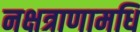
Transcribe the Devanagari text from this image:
नक्षत्राणामधि